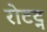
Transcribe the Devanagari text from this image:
रोटट्न